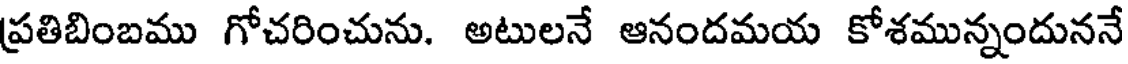
ప్రతిబింబము గోచరించును. అటులనే ఆనందమయ కోశమున్నందుననే